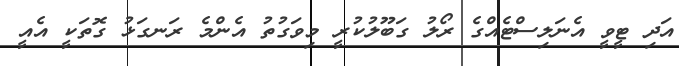
އަދި ޓީވީ އެނަލިސްޓެއްގެ ރޯލު ގަބޫލުކުރީ މިވަގުތު އެންމެ ރަނގަޅު ގޮތަކީ އެއީ